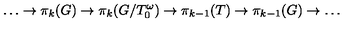
\ldots \to \pi _ { k } ( G ) \to \pi _ { k } ( G / T _ { 0 } ^ { \omega } ) \to \pi _ { k - 1 } ( T ) \to \pi _ { k - 1 } ( G ) \to \ldots